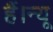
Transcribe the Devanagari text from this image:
हैं।न्यू